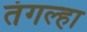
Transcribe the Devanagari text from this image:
तंगल्हा